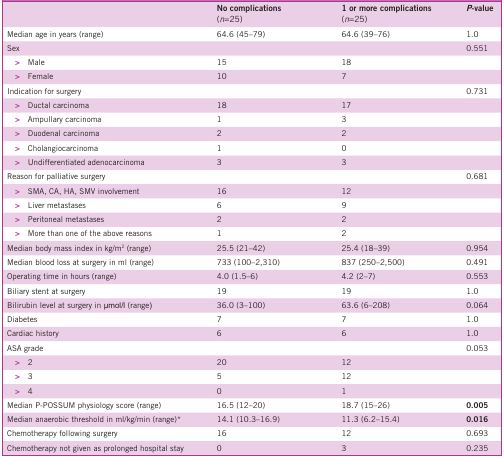
<table><thead><tr><td></td><td><b>No complications(<i>n</i>=25)</b></td><td><b>1 or more complications(<i>n</i>=25)</b></td><td><b>P-value</b></td></tr></thead><tbody><tr><td>Median age in years (range)</td><td>64.6 (45–79)</td><td>64.6 (39–76)</td><td>1.0</td></tr><tr><td>Sex</td><td></td><td></td><td>0.551</td></tr><tr><td> &gt; Male</td><td>15</td><td>18</td><td></td></tr><tr><td> &gt; Female</td><td>10</td><td>7</td><td></td></tr><tr><td>Indication for surgery</td><td></td><td></td><td>0.731</td></tr><tr><td> &gt; Ductal carcinoma</td><td>18</td><td>17</td><td></td></tr><tr><td> &gt; Ampullary carcinoma</td><td>1</td><td>3</td><td></td></tr><tr><td> &gt; Duodenal carcinoma</td><td>2</td><td>2</td><td></td></tr><tr><td> &gt; Cholangiocarcinoma</td><td>1</td><td>0</td><td></td></tr><tr><td> &gt; Undifferentiated adenocarcinoma</td><td>3</td><td>3</td><td></td></tr><tr><td>Reason for palliative surgery</td><td></td><td></td><td>0.681</td></tr><tr><td> &gt; SMA, CA, HA, SMV involvement</td><td>16</td><td>12</td><td></td></tr><tr><td> &gt; Liver metastases</td><td>6</td><td>9</td><td></td></tr><tr><td> &gt; Peritoneal metastases</td><td>2</td><td>2</td><td></td></tr><tr><td> &gt; More than one of the above reasons</td><td>1</td><td>2</td><td></td></tr><tr><td>Median body mass index in kg/m<sup>2</sup> (range)</td><td>25.5 (21–42)</td><td>25.4 (18–39)</td><td>0.954</td></tr><tr><td>Median blood loss at surgery in ml (range)</td><td>733 (100–2,310)</td><td>837 (250–2,500)</td><td>0.491</td></tr><tr><td>Operating time in hours (range)</td><td>4.0 (1.5–6)</td><td>4.2 (2–7)</td><td>0.553</td></tr><tr><td>Biliary stent at surgery</td><td>19</td><td>19</td><td>1.0</td></tr><tr><td>Bilirubin level at surgery in μmol/l (range)</td><td>36.0 (3–100)</td><td>63.6 (6–208)</td><td>0.064</td></tr><tr><td>Diabetes</td><td>7</td><td>7</td><td>1.0</td></tr><tr><td>Cardiac history</td><td>6</td><td>6</td><td>1.0</td></tr><tr><td>ASA grade</td><td></td><td></td><td>0.053</td></tr><tr><td> &gt; 2</td><td>20</td><td>12</td><td></td></tr><tr><td> &gt; 3</td><td>5</td><td>12</td><td></td></tr><tr><td> &gt; 4</td><td>0</td><td>1</td><td></td></tr><tr><td>Median P-POSSUM physiology score (range)</td><td>16.5 (12–20)</td><td>18.7 (15–26)</td><td><b>0.005</b></td></tr><tr><td>Median anaerobic threshold in ml/kg/min (range)*</td><td>14.1 (10.3–16.9)</td><td>11.3 (6.2–15.4)</td><td><b>0.016</b></td></tr><tr><td>Chemotherapy following surgery</td><td>16</td><td>12</td><td>0.693</td></tr><tr><td>Chemotherapy not given as prolonged hospital stay</td><td>0</td><td>3</td><td>0.235</td></tr></tbody></table>